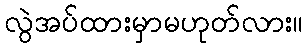
လွဲအပ်ထားမှာမဟုတ်လား။